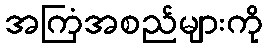
အကြံအစည်များကို